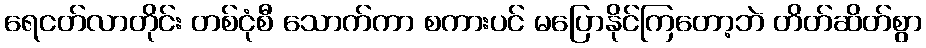
ရေငတ်လာတိုင်း တစ်ငုံစီ သောက်ကာ စကားပင် မပြောနိုင်ကြတော့ဘဲ တိတ်ဆိတ်စွာ